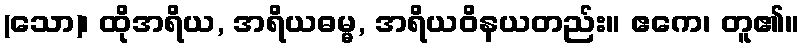
(သော)၊ ထိုအရိယ, အရိယဓမ္မ, အရိယဝိနယတည်း။ ဧကေ၊ တူ၏။